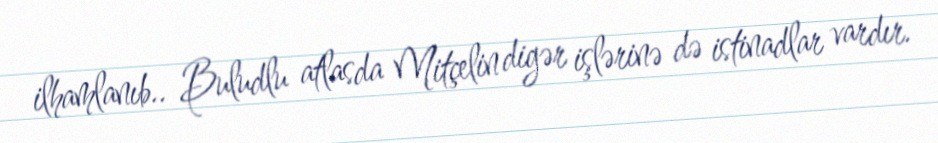
ilhamlanıb.. Buludlu atlasda Mitçelin digər işlərinə də istinadlar vardır.